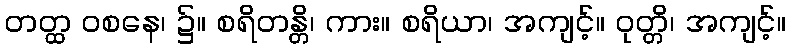
တတ္ထ ဝစနေ၊ ၌။ စရိတန္တိ၊ ကား။ စရိယာ၊ အကျင့်။ ဝုတ္တိ၊ အကျင့်။